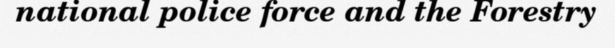
national police force and the Forestry